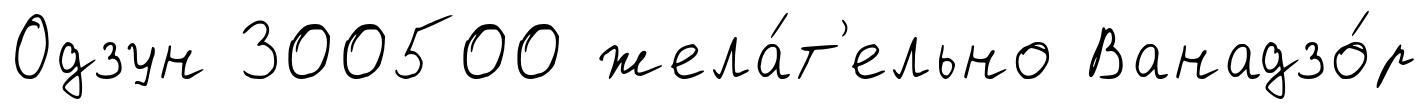
Одзун 300500 жела́т'ельно Ванадзо́р